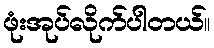
ဖုံးအုပ်လိုက်ပါတယ်။